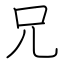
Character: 兄